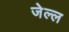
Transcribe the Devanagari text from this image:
जेल्ल